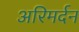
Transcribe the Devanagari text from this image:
अरिमर्दन